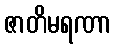
ဇာတိမရဏာ